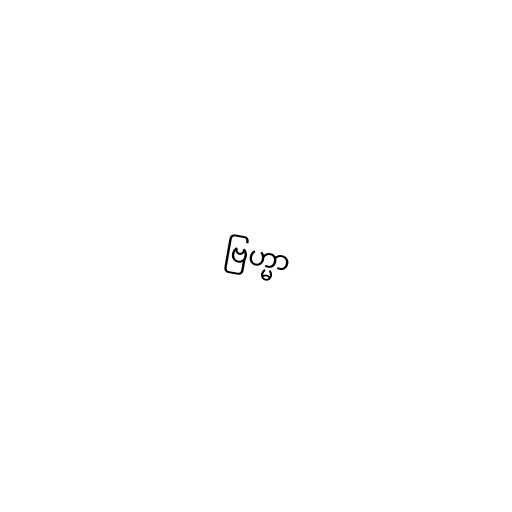
ဗြဟ္မာ